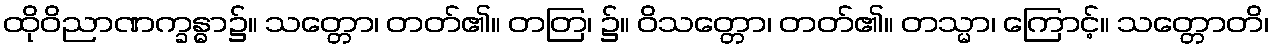
ထိုဝိညာဏက္ခန္ဓာ၌။ သတ္တော၊ တတ်၏။ တတြ၊ ၌။ ဝိသတ္တော၊ တတ်၏။ တသ္မာ၊ ကြောင့်။ သတ္တောတိ၊